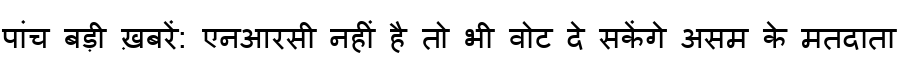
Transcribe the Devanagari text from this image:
पांच बड़ी ख़बरें: एनआरसी नहीं है तो भी वोट दे सकेंगे असम के मतदाता